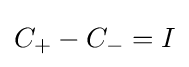
C_{+}-C_{-}=I